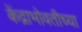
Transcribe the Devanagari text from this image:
केंद्राभोवतीच्या